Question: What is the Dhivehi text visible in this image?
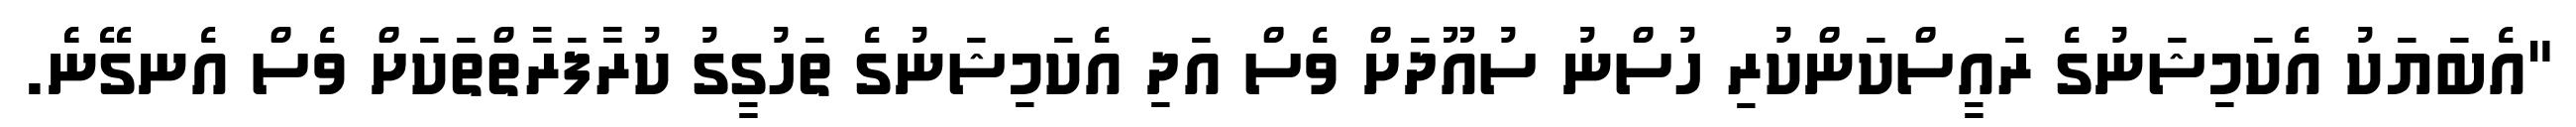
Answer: "އެބަޔަކު އެކަމިޝަނުގެ ރައީސްކަންކުރި ހުސްނު ސުއޫދަށް ވެސް އަދި އެކަމިޝަނުގެ ތަހުގީގު ކުރާފަރާތްތަކަށް ވެސް އެނގޭނެެ.